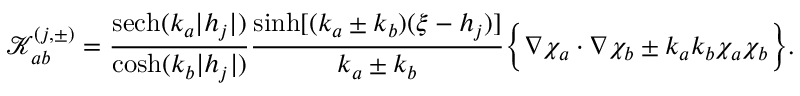
\mathcal { K } _ { a b } ^ { ( j , \pm ) } = \frac { \mathrm { s e c h } ( k _ { a } | h _ { j } | ) } { \cosh ( k _ { b } | h _ { j } | ) } \frac { \sinh [ ( k _ { a } \pm k _ { b } ) ( \xi - h _ { j } ) ] } { k _ { a } \pm k _ { b } } \Bigl \{ \nabla \chi _ { a } \cdot \nabla \chi _ { b } \pm k _ { a } k _ { b } \chi _ { a } \chi _ { b } \Bigl \} .